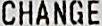
CHANGE